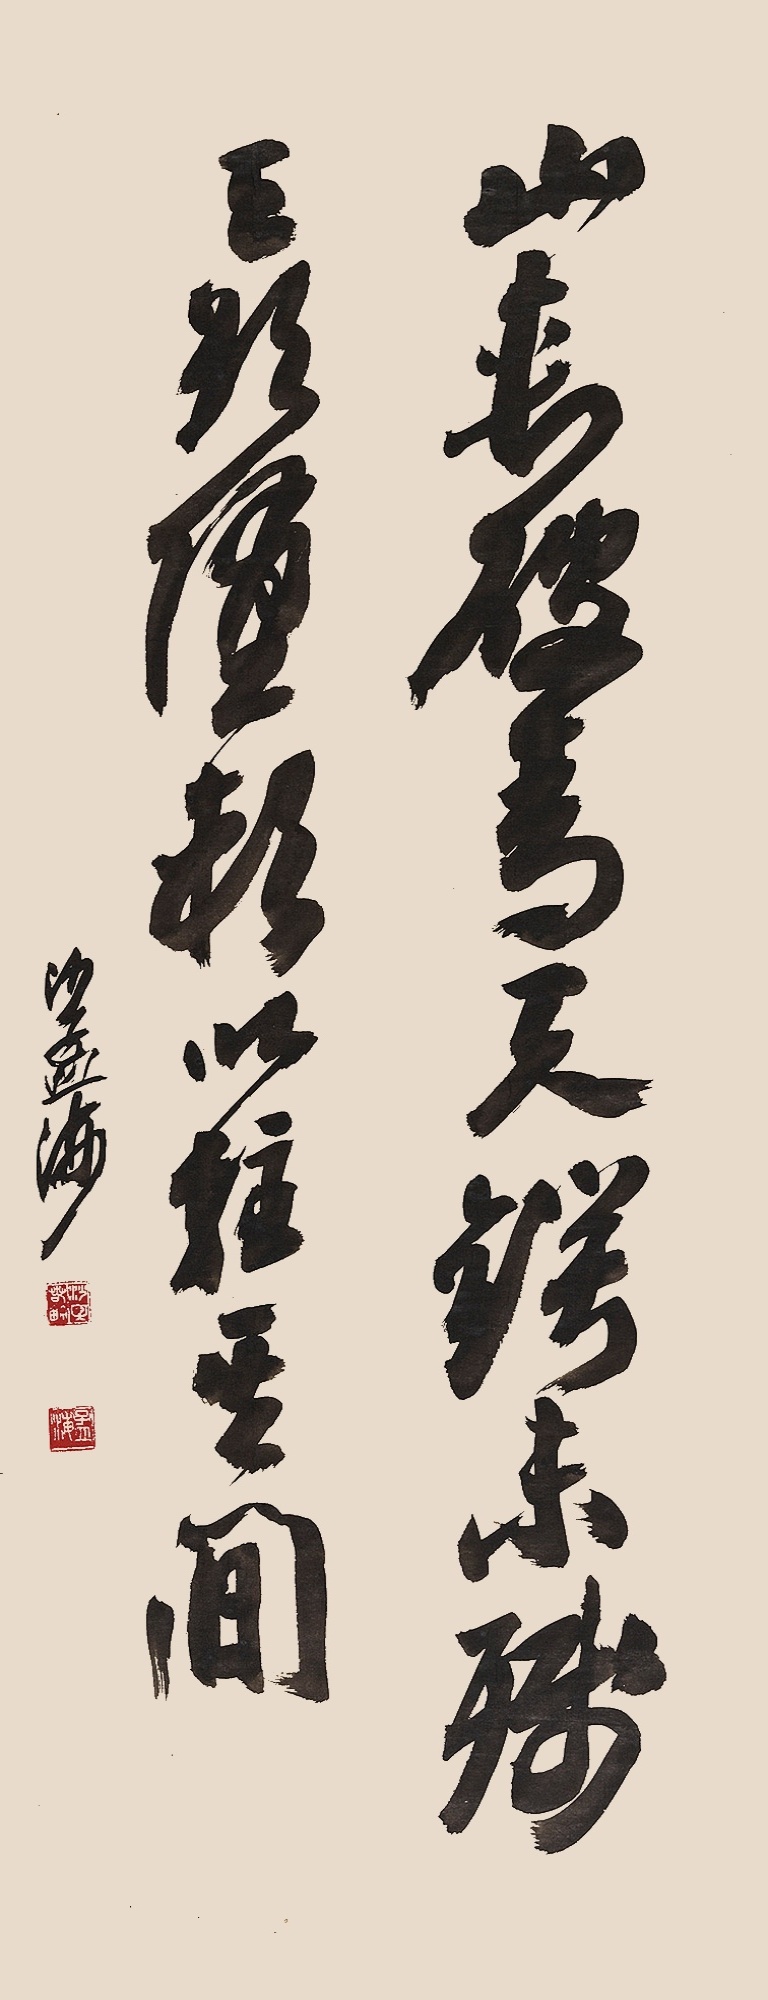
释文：山，刺破青天锷未残。天欲堕，赖以拄其间。沙孟海。